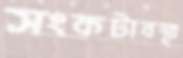
সংকটাবস্থা